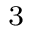
^ { 3 }